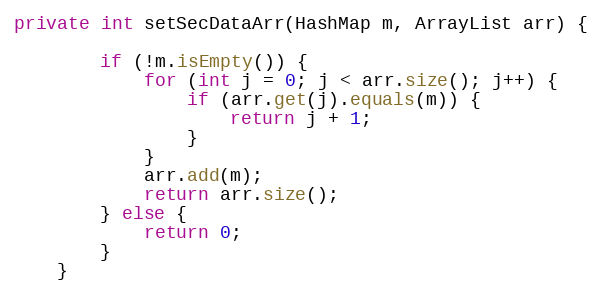
Language: Java
private int setSecDataArr(HashMap m, ArrayList arr) {

        if (!m.isEmpty()) {
            for (int j = 0; j < arr.size(); j++) {
                if (arr.get(j).equals(m)) {
                    return j + 1;
                }
            }
            arr.add(m);
            return arr.size();
        } else {
            return 0;
        }
    }